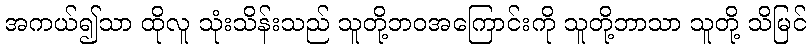
အကယ်၍သာ ထိုလူ သုံးသိန်းသည် သူတို့ဘဝအကြောင်းကို သူတို့ဘာသာ သူတို့ သိမြင်